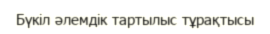
Бүкіл әлемдік тартылыс тұрақтысы